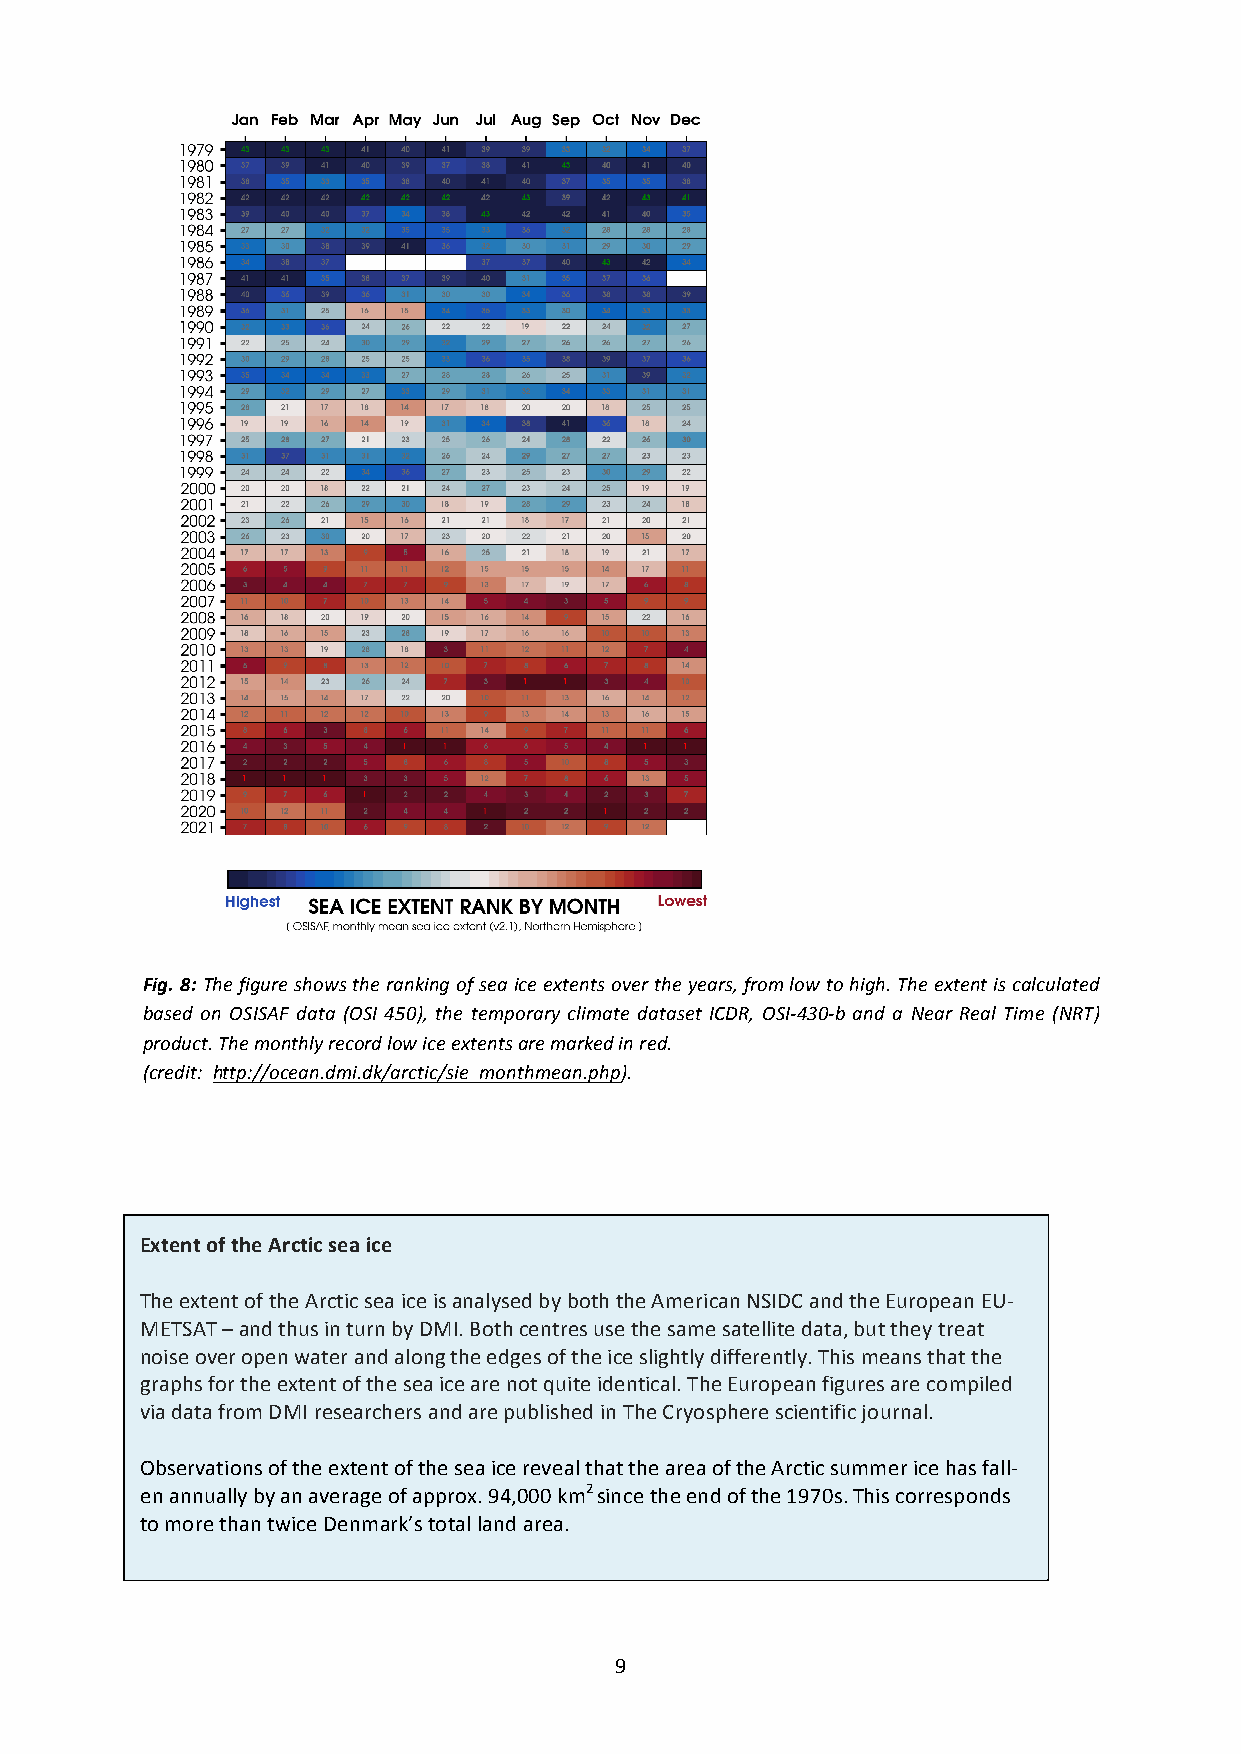
Fig. 8: The figure shows the ranking of sea ice extents over the years, from low to high. The extent is calculated
 based on OSISAF data (OSI 450), the temporary climate dataset ICDR, OSI-430-b and a Near Real Time (NRT)
 product. The monthly record low ice extents are marked in red.
 (credit: http://ocean.dmi.dk/arctic/sie_monthmean.php).
 Extent of the Arctic sea ice
 The extent of the Arctic sea ice is analysed by both the American NSIDC and the European EU-
 METSAT – and thus in turn by DMI. Both centres use the same satellite data, but they treat
 noise over open water and along the edges of the ice slightly differently. This means that the
 graphs for the extent of the sea ice are not quite identical. The European figures are compiled
 via data from DMI researchers and are published in The Cryosphere scientific journal.
 Observations of the extent of the sea ice reveal that the area of the Arctic summer ice has fall-
 en annually by an average of approx. 94,000 km2 since the end of the 1970s. This corresponds
 to more than twice Denmark’s total land area.
 9